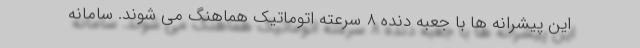
این پیشرانه ها با جعبه دنده 8 سرعته اتوماتیک هماهنگ می شوند. سامانه